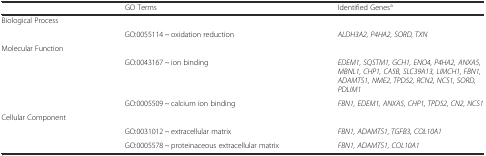
|  | GO Terms | Identified Genesa |
 | --- | --- | --- |
 | Biological Process |  |  |
 |  | GO:0055114 ~ oxidation reduction | ALDH3A2, P4HA2, SORD, TXN |
 | Molecular Function |  |  |
 |  | GO:0043167 ~ ion binding | EDEM1, SQSTM1, GCH1, ENO4, P4HA2, ANXA5, MBNL1, CHP1, CA5B, SLC39A13, LIMCH1, FBN1, ADAMTS1, NME2, TPD52, RCN2, NCS1, SORD, PDLIM1 |
 |  | GO:0005509 ~ calcium ion binding | FBN1, EDEM1, ANXA5, CHP1, TPD52, CN2, NCS1 |
 | Cellular Component |  |  |
 |  | GO:0031012 ~ extracellular matrix | FBN1, ADAMTS1, TGFB3, COL10A1 |
 |  | GO:0005578 ~ proteinaceous extracellular matrix | FBN1, ADAMTS1, COL10A1 |